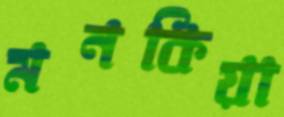
মনকিয়া